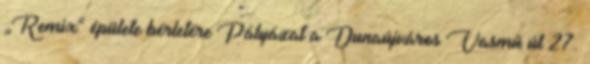
„Remix” épülete bérletére Pályázat a Dunaújváros Vasmű út 27.